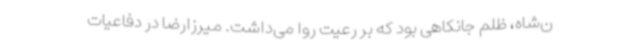
ن‌شاه، ظلم جانکاهی بود که بر رعیت روا می‌داشت. میرزارضا در دفاعیات